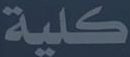
كلية